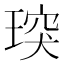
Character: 㻠